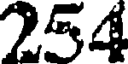
254